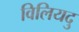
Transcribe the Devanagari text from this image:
विलियदु